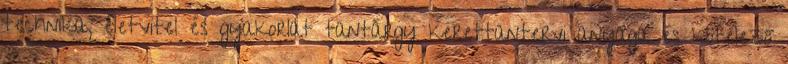
technika, életvitel és gyakorlat tantárgy kerettantervi anyaga és kötelező